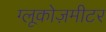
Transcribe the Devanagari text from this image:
ग्लूकोज़मीटर